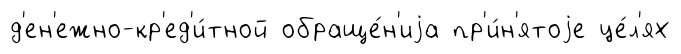
д'ен'ежно-кр'ед'и́тной обраще́н'иjа пр'и́н'ятоjе це́л'ях